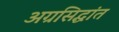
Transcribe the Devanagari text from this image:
अग्रसिद्धांत